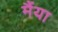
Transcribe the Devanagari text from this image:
मैंया